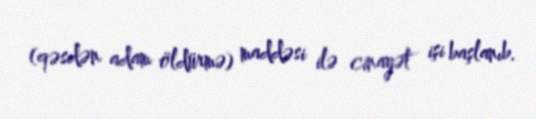
(qəsdən adam öldürmə) maddəsi ilə cinayət işi başlanıb.